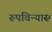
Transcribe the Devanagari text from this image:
रूपविन्यास